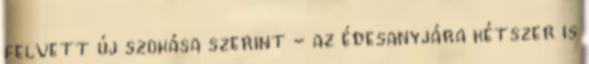
felvett új szokása szerint - az édesanyjára kétszer is